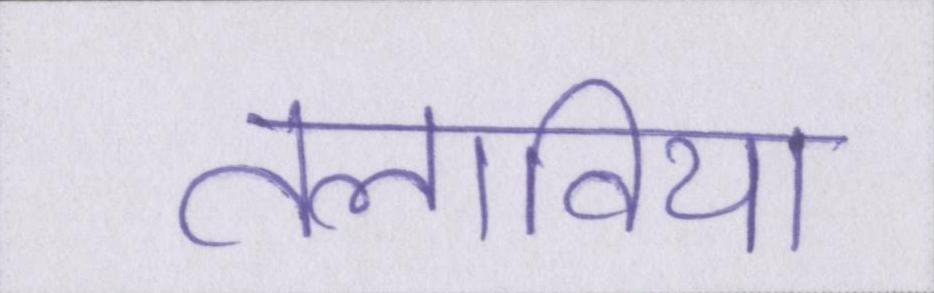
तलाविया